Indian journal of veterinary science and animal husbandry - Volume 2,
Year: 1932
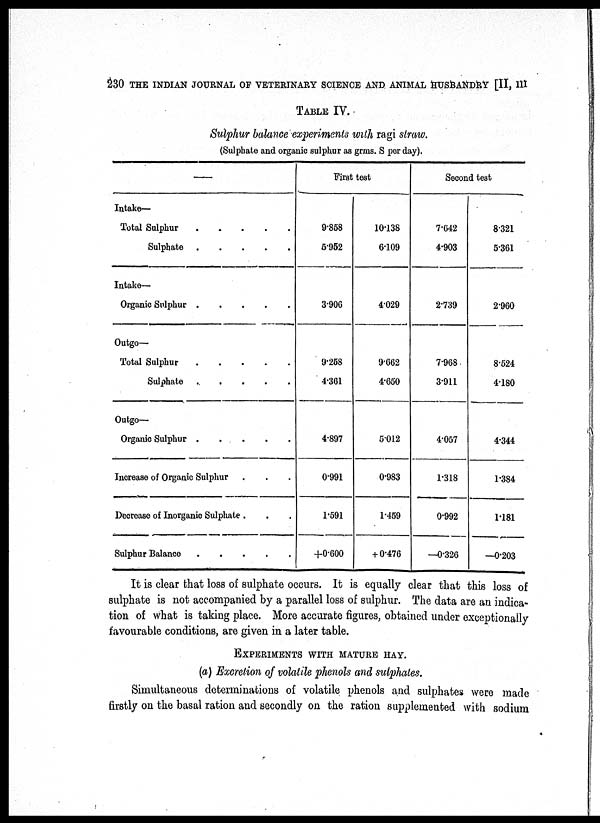
230 THE INDIAN JOURNAL OF VETERINARY SCIENCE AND ANIMAL HUSBANDRY [II, III
TABLE IV.
Sulphur balance experiments with ragi straw.
(Sulphate and organic sulphur as grms. S per day).
—
Intake—
Total Sulphur
.
.
.
.
.
Sulphate
Intake—
Organic Sulphur
Outgo—
Total Sulphur
.
.
.
.
.
Sulphate
Outgo—
Organic Sulphur
Increase of Organic Sulphur . . .
Decrease of Inorganic Sulphate . . .
Sulphur Balance
.
.
.
.
.
First test
9.858
5.952
3.906
9.258
4.361
4.897
0.991
1.591
+0.600
10.138
6.109
4.029
9.662
4.650
5.012
0.983
1.459
+ 0.476
Second test
7.642
4.903
2.739
7.968
3.911
4.057
1.318
0.992
—0.326
8.321
5.361
2.960
8.524
4.180
4.344
1.384
1.181
—0.203
It is clear that loss of sulphate occurs. It is equally clear that this loss of
sulphate is not accompanied by a parallel loss of sulphur. The data are an indica-
tion of what is taking place. More accurate figures, obtained under exceptionally
favourable conditions, are given in a later table.
EXPERIMENTS WITH MATURE HAY.
(a) Excretion of volatile phenols and sulphates.
Simultaneous determinations of volatile phenols and sulphates were made
firstly on the basal ration and secondly on the ration supplemented with sodium